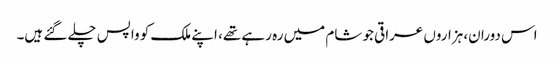
اس دوران، ہزاروں عراقی جو شام میں رہ رہے تھے، اپنے ملک کو واپس چلے گئے ہیں۔